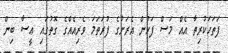
ފަތަހަކުރިތާ އެއް މަސް ފަހުން އެރަށުގެ ފުރަތަމަ ވެރިއެއްގެ ގޮތުގައި ޢީސާ ބިން